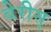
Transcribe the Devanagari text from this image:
वेरीस्